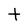
Character: t